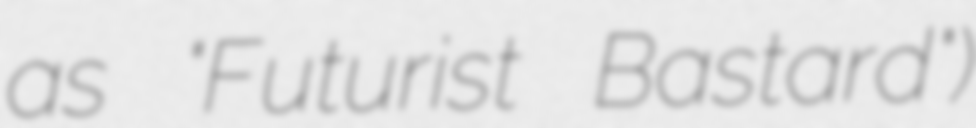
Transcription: as "Futurist Bastard")